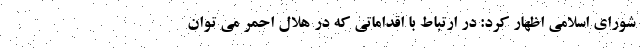
شورای اسلامی اظهار کرد: در ارتباط با اقداماتی که در هلال احمر می توان